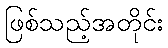
ဖြစ်သည့်အတိုင်း